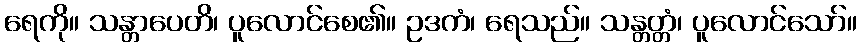
ရေကို။ သန္တာပေတိ၊ ပူလောင်စေ၏။ ဥဒကံ၊ ရေသည်။ သန္တတ္တံ၊ ပူလောင်သော်။